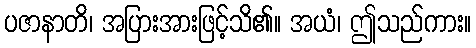
ပဇာနာတိ၊ အပြားအားဖြင့်သိ၏။ အယံ၊ ဤသည်ကား။